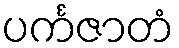
ပင်္ကဇာတံ